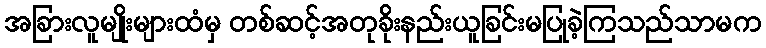
အခြားလူမျိုးများထံမှ တစ်ဆင့်အတုခိုးနည်းယူခြင်းမပြုခဲ့ကြသည်သာမက